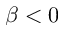
\beta < 0